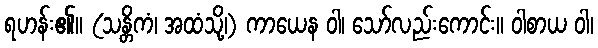
ရဟန်း၏။ (သန္တိကံ၊ အထံသို့၊) ကာယေန ဝါ၊ သော်လည်းကောင်း။ ဝါစာယ ဝါ၊